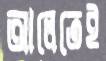
আলেতেই